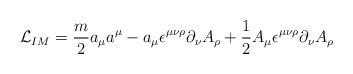
LaTeX: \begin{align*}{\cal L}_{IM}={m \over 2}a_\mu a^\mu - a_\mu \epsilon^{\mu\nu \rho}\partial_\nu A_\rho + {1 \over 2}A_\mu\epsilon^{\mu \nu \rho}\partial_\nu A_\rho\end{align*}